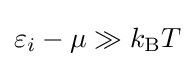
\varepsilon _{i}-\mu \gg k_{\text{B}}T